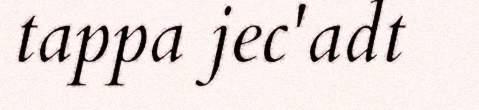
tappa jec'adt